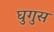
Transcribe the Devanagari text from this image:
घुगुस